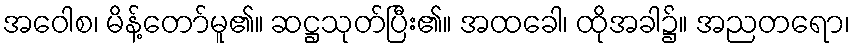
အဝေါစ၊ မိန့်တော်မူ၏။ ဆဋ္ဌသုတ်ပြီး၏။ အထခေါ၊ ထိုအခါ၌။ အညတရော၊